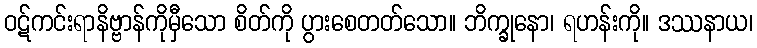
ဝဋ်ကင်းရာနိဗ္ဗာန်ကိုမှီသော စိတ်ကို ပွားစေတတ်သော။ ဘိက္ခုနော၊ ရဟန်းကို။ ဒဿနာယ၊